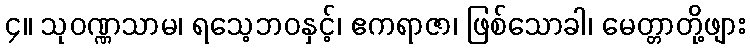
၄။ သုဝဏ္ဏသာမ၊ ရသေ့ဘဝနှင့်၊ ဧကရာဇာ၊ ဖြစ်သောခါ၊ မေတ္တာတို့ဖျား